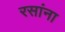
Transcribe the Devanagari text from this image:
रसांना